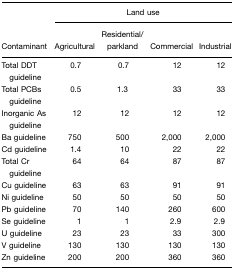
<table><thead><tr><td></td><td colspan="4"><b>Land use</b></td></tr><tr><td><b>Contaminant</b></td><td><b>Agricultural</b></td><td><b>Residential/parkland</b></td><td><b>Commercial</b></td><td><b>Industrial</b></td></tr></thead><tbody><tr><td>Total DDT guideline</td><td>0.7</td><td>0.7</td><td>12</td><td>12</td></tr><tr><td>Total PCBs guideline</td><td>0.5</td><td>1.3</td><td>33</td><td>33</td></tr><tr><td>Inorganic As guideline</td><td>12</td><td>12</td><td>12</td><td>12</td></tr><tr><td>Ba guideline</td><td>750</td><td>500</td><td>2,000</td><td>2,000</td></tr><tr><td>Cd guideline</td><td>1.4</td><td>10</td><td>22</td><td>22</td></tr><tr><td>Total Cr guideline</td><td>64</td><td>64</td><td>87</td><td>87</td></tr><tr><td>Cu guideline</td><td>63</td><td>63</td><td>91</td><td>91</td></tr><tr><td>Ni guideline</td><td>50</td><td>50</td><td>50</td><td>50</td></tr><tr><td>Pb guideline</td><td>70</td><td>140</td><td>260</td><td>600</td></tr><tr><td>Se guideline</td><td>1</td><td>1</td><td>2.9</td><td>2.9</td></tr><tr><td>U guideline</td><td>23</td><td>23</td><td>33</td><td>300</td></tr><tr><td>V guideline</td><td>130</td><td>130</td><td>130</td><td>130</td></tr><tr><td>Zn guideline</td><td>200</td><td>200</td><td>360</td><td>360</td></tr></tbody></table>